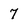
Character: 7